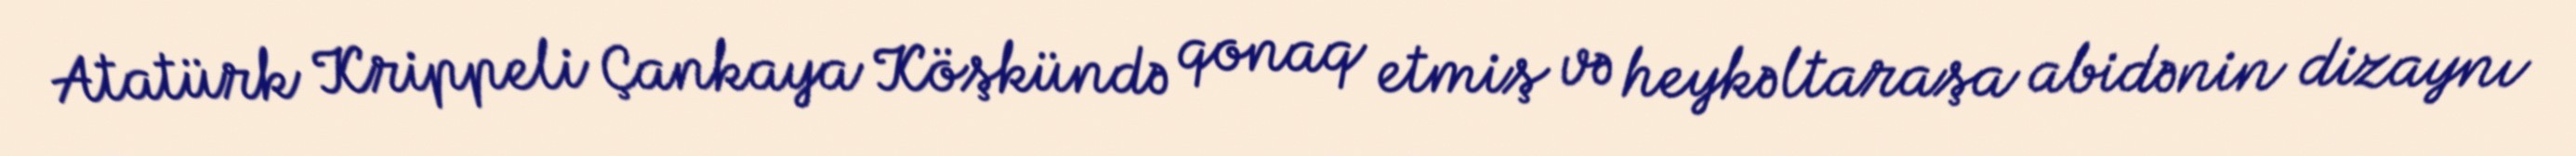
Atatürk Krippeli Çankaya Köşkündə qonaq etmiş və heykəltaraşa abidənin dizaynı